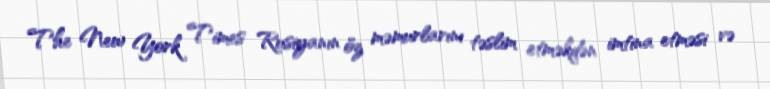
The New York Times Rusiyanın öz məmurlarını təslim etməkdən imtina etməsi və